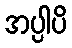
အပ္ပါပိ